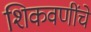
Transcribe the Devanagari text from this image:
शिकवणींचे